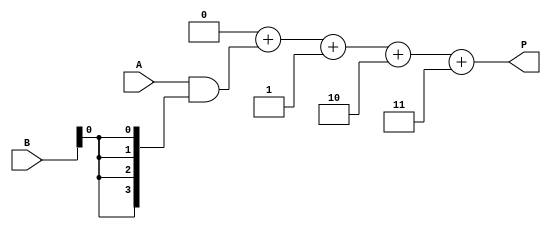
module array_multiplier #(parameter N = 4, M = 4)(
    input [N-1:0] A,       // First operand
    input [M-1:0] B,       // Second operand
    output [N+M-1:0] P     // Product output
);
    // Partial product array
    wire [N-1:0] partial_products[M-1:0];

    // Generate partial products
    genvar i, j;
    generate
        for (i = 0; i < M; i = i + 1) begin : gen_partial_products
            assign partial_products[i] = A & {N{B[i]}};
        end
    endgenerate

    // Sum the partial products
    wire [N+M-1:0] sum [M-1:0];
    assign sum[0] = {N{1'b0}} + partial_products[0]; // Initialize sum with the first partial product

    // Generate the summation of partial products
    generate
        for (j = 1; j < M; j = j + 1) begin : sum_partial_products
            assign sum[j] = sum[j-1] + {partial_products[j], j}; // Shift left by j for alignment
        end
    endgenerate

    // Final product output
    assign P = sum[M-1];

endmodule